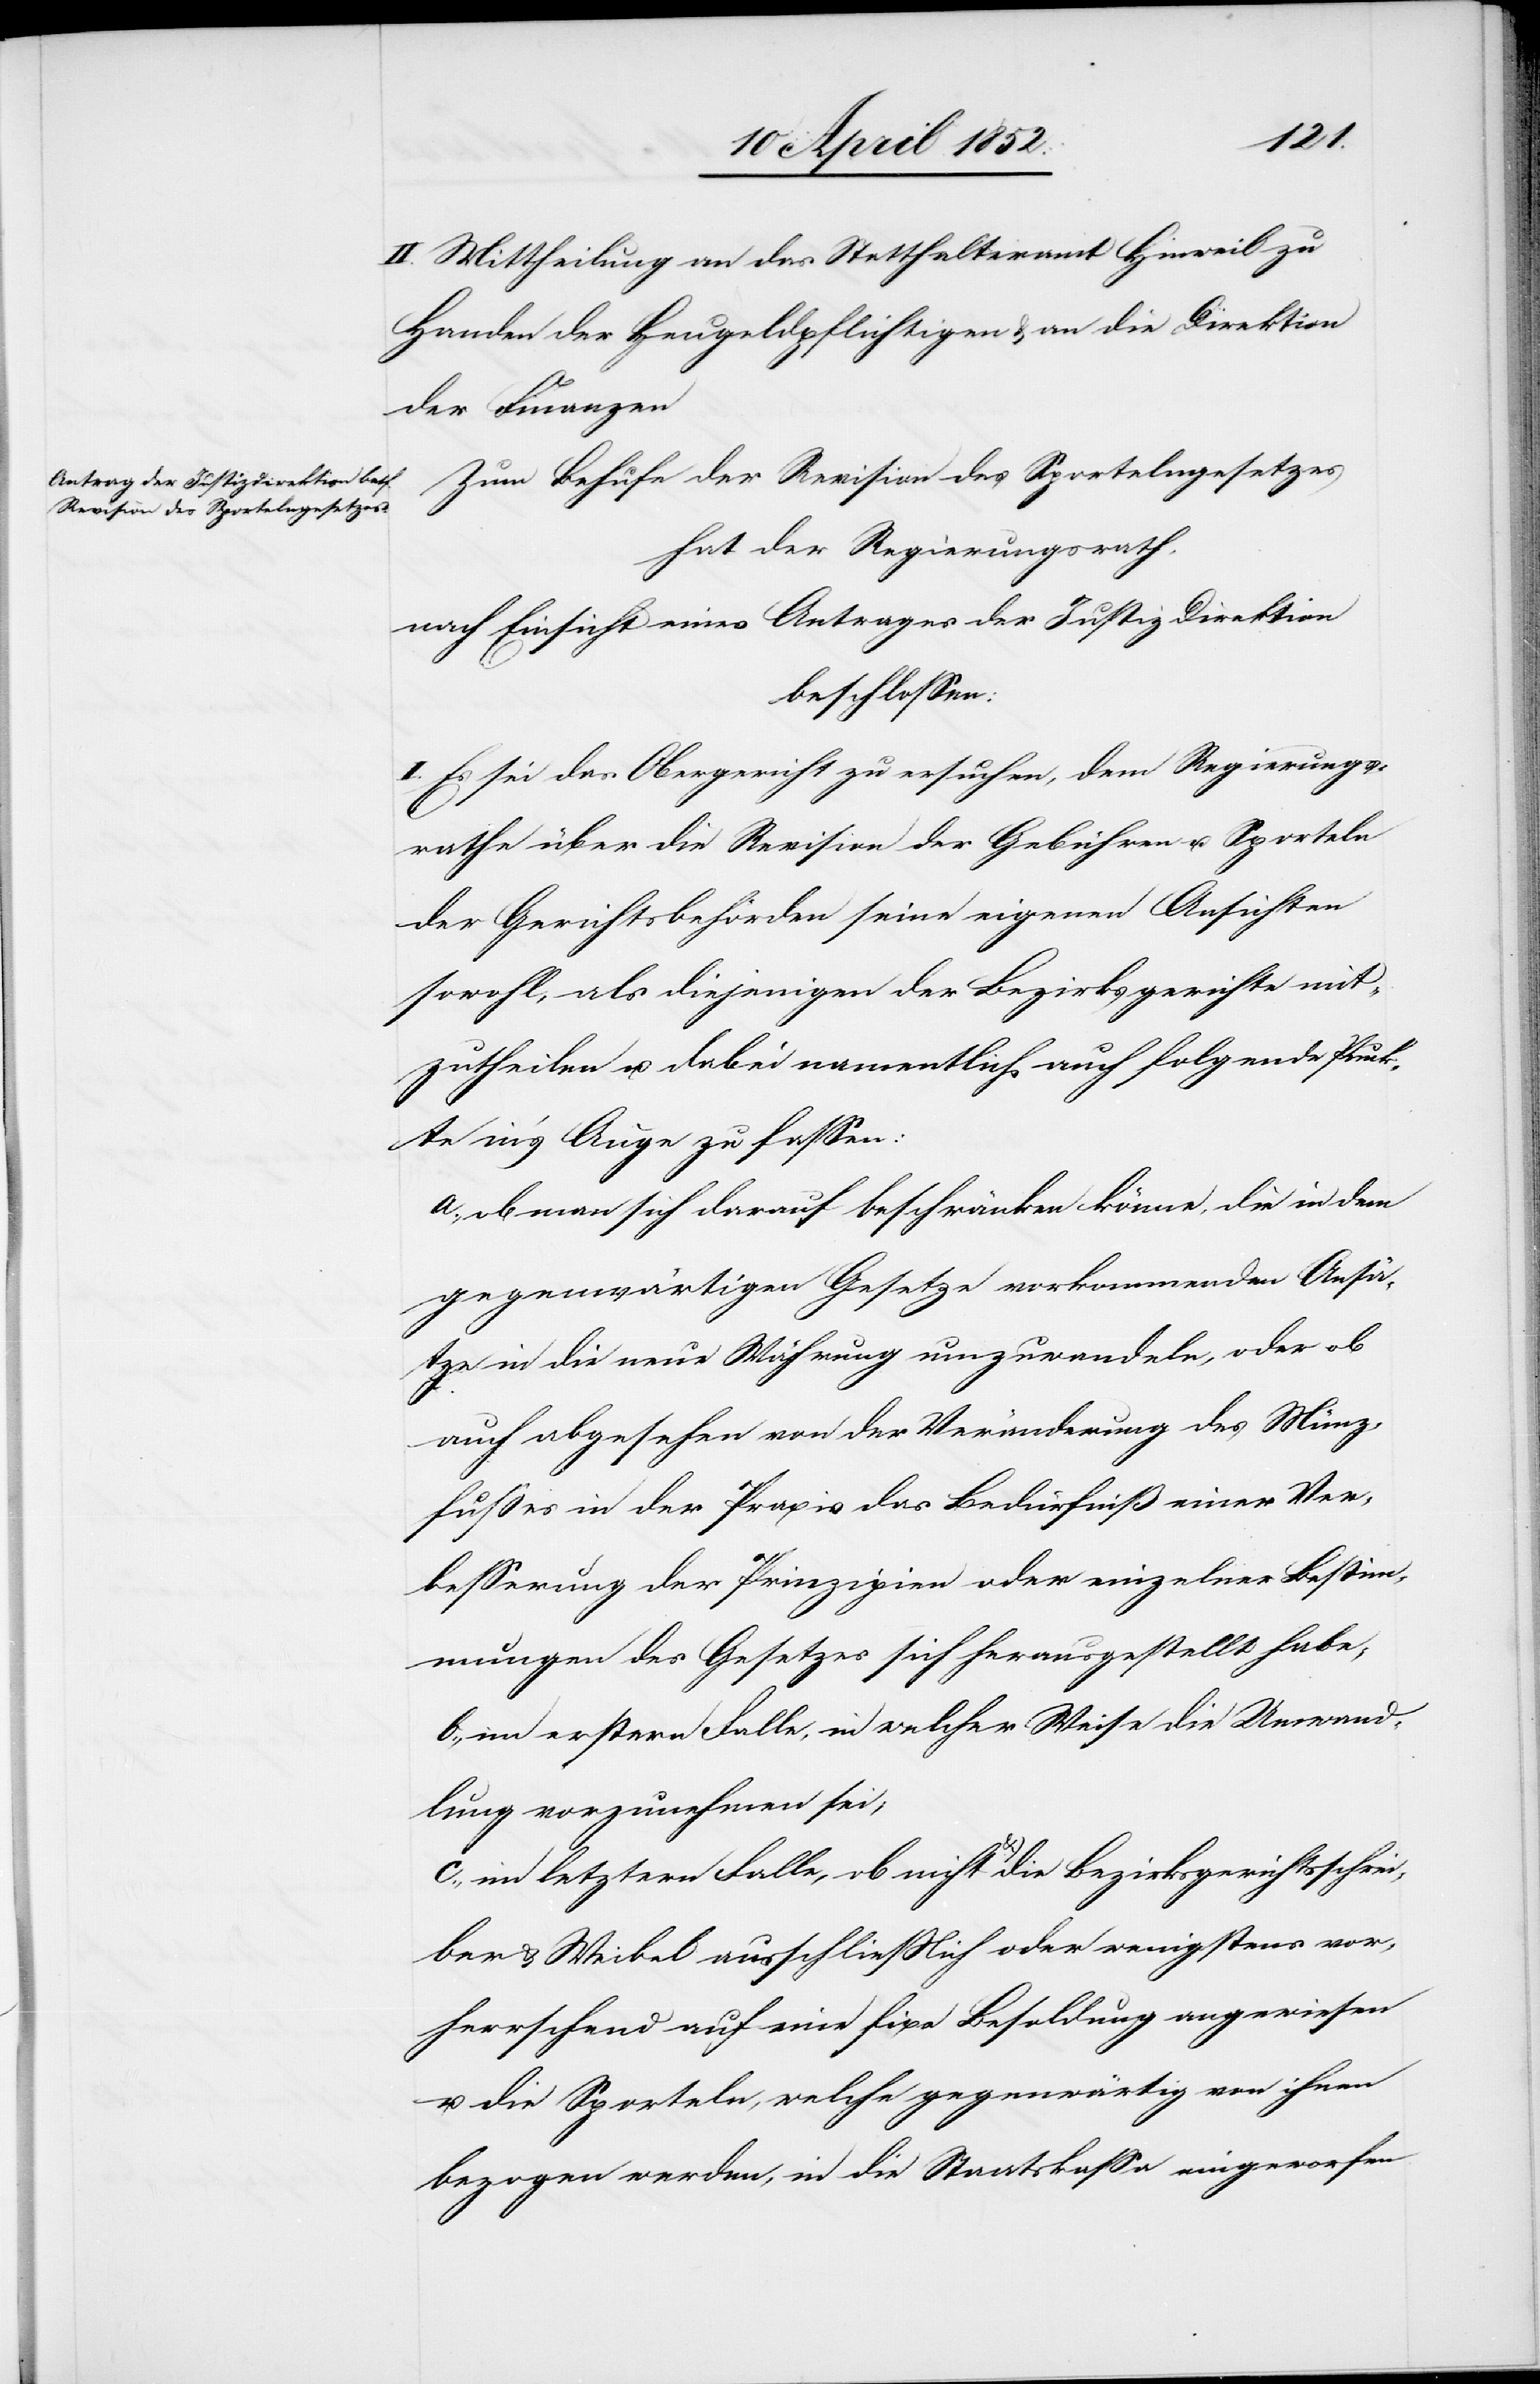
II. Mittheilung an das Statthalteramt Hinweil zu
Handen der Heugeldpflichtigen & an die Direktion
der Finanzen[.]
Zum Behufe der Revision des Sportelngesetzes
hat der Regierungsrath,
nach Einsicht eines Antrages der Justiz[-]Direktion
beschlossen:
I. Es sei das Obergericht zu ersuchen, dem Regierungs¬
rathe über die Revision der Gebühren u. Sporteln
der Gerichtsbehörden seine eigenen Ansichten
sowohl, als diejenigen der Bezirksgerichte mit¬
zutheilen u. dabei namentlich auch folgende Punk¬
te in’s Auge zu fassen:
a., ob man sich darauf beschränken könne, die in dem
gegenwärtigen Gesetze vorkommenden Ansä¬
tze in die neue Währung umzuwandeln, oder ob
auch abgesehen von der Veränderung des Münz¬
fusses in der Praxis das Bedürfniß einer Ver¬
besserung der Prinzipien oder einzelner Bestim¬
mungen des Gesetzes sich herausgestellt habe,
b., im erstern Falle, in welcher Weise die Umwand¬
lung vorzunehmen sei,
c., im letztern Falle, ob nicht α) die Bezirksgerichtsschrei¬
ber & Weibel ausschliesslich oder wenigstens vor¬
herrschend auf eine fixe Besoldung angewiesen
u. die Sporteln, welche gegenwärtig von ihnen
bezogen werden, in die Staatskassa eingeworfen